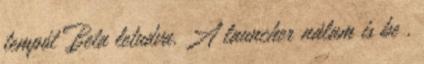
tempót Beta letudva. A launcher nálam is be ,